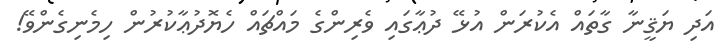
އަދި ޔަޤީނާ ގާތައް އެކުރަން އުޅޭ ދުޢާގައި ވެރިންގެ މައްޗައް ހެޔޮދުޢާކުރުން ހިމެނިގެންވޭ!